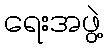
ရေးအဖွဲ့